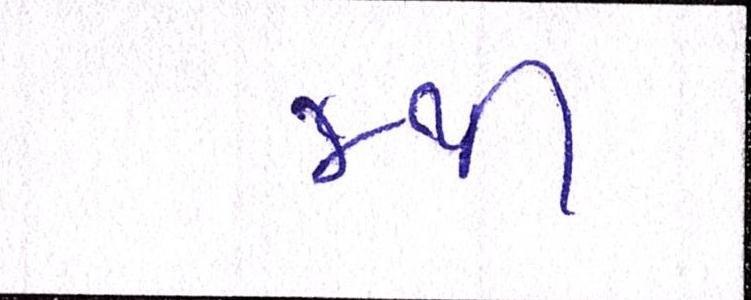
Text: જથી